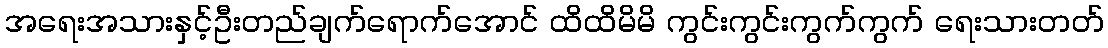
အရေးအသားနှင့်ဦးတည်ချက်ရောက်အောင် ထိထိမိမိ ကွင်းကွင်းကွက်ကွက် ရေးသားတတ်